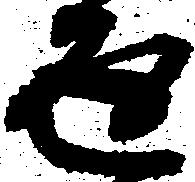
返